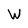
Character: W